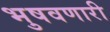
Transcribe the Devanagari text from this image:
भुषवणारी